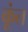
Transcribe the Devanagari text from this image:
कूंत